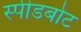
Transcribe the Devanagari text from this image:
स्‍पीडबोट